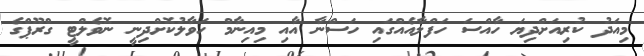
މިއަދު ކުރިއަށްދިޔަ ހާއްސަ ހަފްލާއެއްގައި ހަސްނާ އާއި މިއިނާމް ހަވާލުކޮށްދިނީ ނޮވެލްޓީ ގްރޫޕްގެ